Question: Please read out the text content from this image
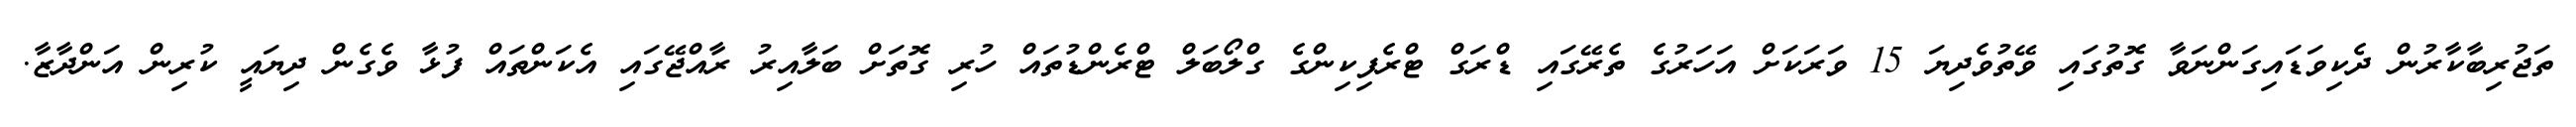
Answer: ތަޖުރިބާކާރުން ދެކިވަޑައިގަންނަވާ ގޮތުގައި ވޭތުވެދިޔަ 15 ވަރަކަށް އަހަރުގެ ތެރޭގައި ޑްރަގް ޓްރެފިކިންގެ ގްލޯބަލް ޓްރެންޑުތައް ހުރި ގޮތަށް ބަލާއިރު ރާއްޖޭގައި އެކަންތައް ފުޅާ ވެގެން ދިޔައީ ކުރިން އަންދާޒާ.